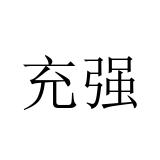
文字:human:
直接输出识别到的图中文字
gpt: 充强